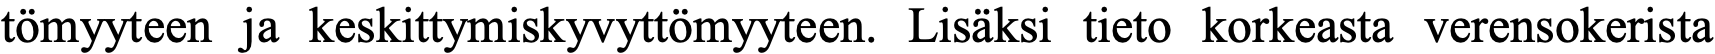
tömyyteen ja keskittymiskyvyttömyyteen. Lisäksi tieto korkeasta verensokerista